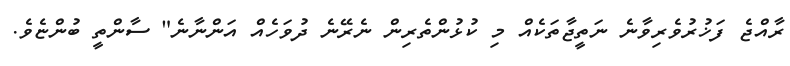
ރާއްޖެ ފަޚުރުވެރިވާނެ ނަތީޖާތަކެއް މި ކުޅުންތެރިން ނެރޭނެ ދުވަހެއް އަންނާނެ" ސާންތީ ބުންޏެވެ.